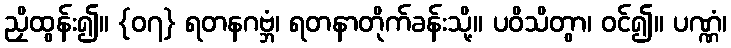
ညှိထွန်း၍။ {၀၇} ရတနဂဗ္ဘံ၊ ရတနာတိုက်ခန်းသို့။ ပဝိသိတွာ၊ ဝင်၍။ ပဏ္ဏံ၊